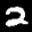
Label: 2